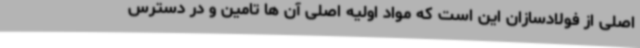
اصلی از فولادسازان این است که مواد اولیه اصلی آن ها تامین و در دسترس